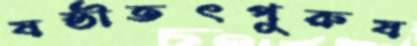
ষষ্ঠীতৎপুরুষ